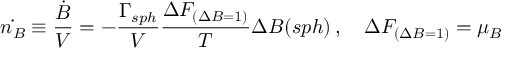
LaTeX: \dot { n _ { B } } \equiv \frac { \dot { B } } { V } = - \frac { \Gamma _ { s p h } } { V } { \frac { \Delta F _ { ( \Delta B = 1 ) } } { T } } \Delta B ( s p h ) \, , \quad \Delta F _ { ( \Delta B = 1 ) } = \mu _ { B }